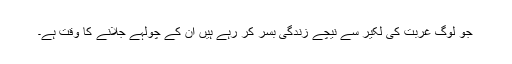
جو لوگ غربت کی لکیر سے نیچے زندگی بسر کر رہے ہیں ان کے چولہے جلانے کا وقت ہے۔